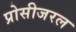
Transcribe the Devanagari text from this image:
प्रोसीजरल